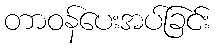
တာဝန်ပေးအပ်ခြင်း